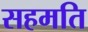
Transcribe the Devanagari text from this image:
सहमति